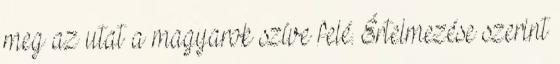
meg az utat a magyarok szíve felé. Értelmezése szerint